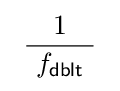
\ {\frac {1}{\ f_{\mathsf {dblt}}\ }}\